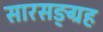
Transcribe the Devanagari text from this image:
सारसङ्ग्रह